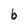
Character: b